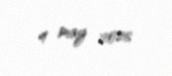
4 may 2026